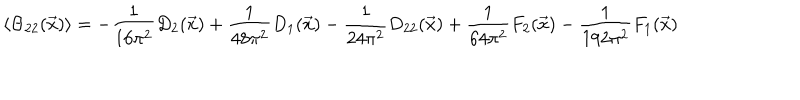
\left\langle \Theta _ { 2 2 } ( \vec { x } ) \right\rangle = - \frac { 1 } { 1 6 \pi ^ { 2 } } D _ { 2 } ( \vec { x } ) + \frac { 1 } { 4 8 \pi ^ { 2 } } D _ { 1 } ( \vec { x } ) - \frac { 1 } { 2 4 \pi ^ { 2 } } D _ { 2 2 } ( \vec { x } ) + \frac { 1 } { 6 4 \pi ^ { 2 } } F _ { 2 } ( \vec { x } ) - \frac { 1 } { 1 9 2 \pi ^ { 2 } } F _ { 1 } ( \vec { x } )